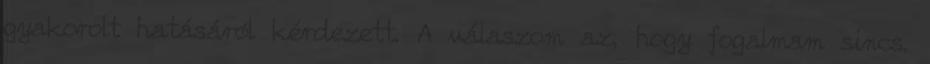
gyakorolt hatásáról kérdezett. A válaszom az, hogy fogalmam sincs.